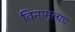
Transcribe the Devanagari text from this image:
विनामूल्यच